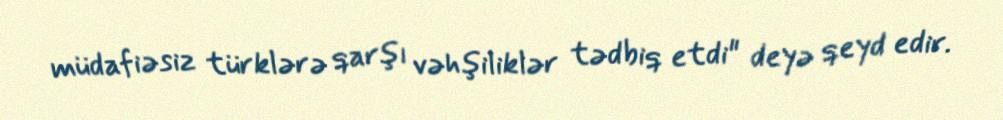
müdafiəsiz türklərə qarşı vəhşiliklər tədbiq etdi" deyə qeyd edir.